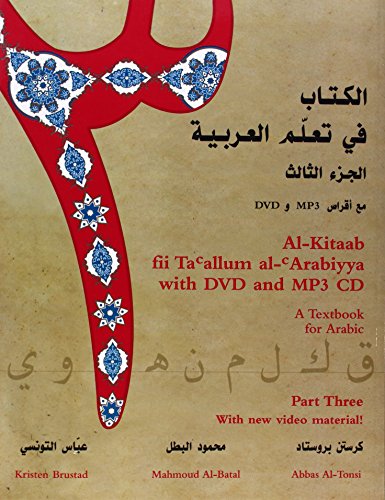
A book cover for Al-Kitaab fii Ta'allum al-'Arabiyya - A Textbook for Arabic: Part Three (With DVD and MP3 CD)(Arabic and English Edition); Kristen Brustad; Reference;